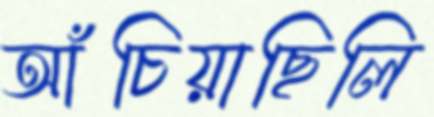
আঁচিয়াছিলি